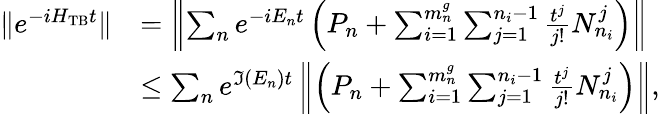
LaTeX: \begin{array}{rl}{\| e^{-iH_{\mathrm{TB}}t}\| }&{=\left\Vert\sum_{n}e^{-iE_{n}t}\left(P_{n}+\sum_{i=1}^{m_{n}^{g}}\sum_{j=1}^{n_{i}-1}\frac{t^{j}}{j!}N_{n_{i}}^{j}\right)\right\Vert}\\ &{\leq\sum_{n}e^{\Im(E_{n})t}\left\Vert\left(P_{n}+\sum_{i=1}^{m_{n}^{g}}\sum_{j=1}^{n_{i}-1}\frac{t^{j}}{j!}N_{n_{i}}^{j}\right)\right\Vert,}\end{array}